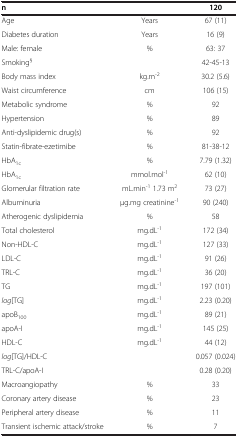
| n |  | 120 |
 | --- | --- | --- |
 | Age | Years | 67 (11) |
 | Diabetes duration | Years | 16 (9) |
 | Male: female | % | 63: 37 |
 | Smoking§ |  | 42-45-13 |
 | Body mass index | kg.m-2 | 30.2 (5.6) |
 | Waist circumference | cm | 106 (15) |
 | Metabolic syndrome | % | 92 |
 | Hypertension | % | 89 |
 | Anti-dyslipidemic drug(s) | % | 92 |
 | Statin-fibrate-ezetimibe | % | 81-38-12 |
 | HbA1c | % | 7.79 (1.32) |
 | HbA1c | mmol.mol-1 | 62 (10) |
 | Glomerular filtration rate | mL.min-1 1.73 m2 | 73 (27) |
 | Albuminuria | μg.mg creatinine-1 | 90 (240) |
 | Atherogenic dyslipidemia | % | 58 |
 | Total cholesterol | mg.dL-1 | 172 (34) |
 | Non-HDL-C | mg.dL-1 | 127 (33) |
 | LDL-C | mg.dL-1 | 91 (26) |
 | TRL-C | mg.dL-1 | 36 (20) |
 | TG | mg.dL-1 | 197 (101) |
 | log[TG] | mg.dL-1 | 2.23 (0.20) |
 | apoB100 | mg.dL-1 | 89 (21) |
 | apoA-I | mg.dL-1 | 145 (25) |
 | HDL-C | mg.dL-1 | 44 (12) |
 | log[TG]/HDL-C |  | 0.057 (0.024) |
 | TRL-C/apoA-I |  | 0.28 (0.20) |
 | Macroangiopathy | % | 33 |
 | Coronary artery disease | % | 23 |
 | Peripheral artery disease | % | 11 |
 | Transient ischemic attack/stroke | % | 7 |